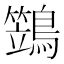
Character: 鷑